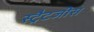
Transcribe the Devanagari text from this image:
स्ट्रैटजीस